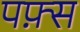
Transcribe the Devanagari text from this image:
पफ़्स